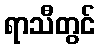
ရာသီတွင်